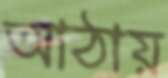
আঠায়